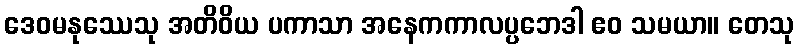
ဒေဝမနုဿေသု အတိဝိယ ပကာသာ အနေကကာလပ္ပဘေဒါ ဧဝ သမယာ။ တေသု